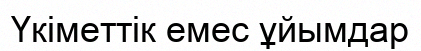
Үкіметтік емес ұйымдар